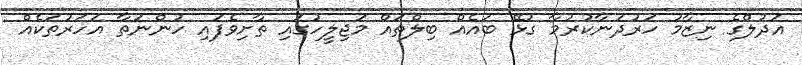
އަދުލްގެ ނިޒާމު ހަރުދަނާކުރުމާ ގުޅޭ ބައެއް ބިލްތައް މަޖިލީހުގައި ތާށިވެފައި ހުންނަތާ އަހަރުތަކެއް